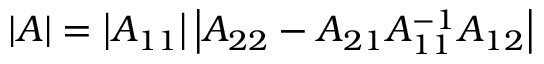
| A | = \left| A _ { 1 1 } \right| \left| A _ { 2 2 } - A _ { 2 1 } A _ { 1 1 } ^ { - 1 } A _ { 1 2 } \right|